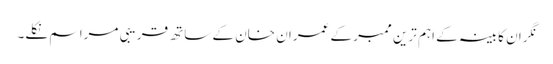
نگران کابینہ کے اہم ترین ممبر کے عمران خان کے ساتھ قریبی مراسم نکلے۔